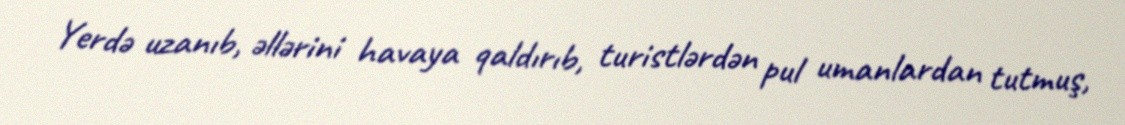
Yerdə uzanıb, əllərini havaya qaldırıb, turistlərdən pul umanlardan tutmuş,